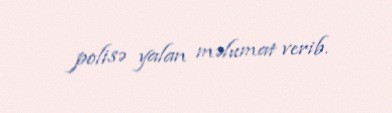
polisə yalan məlumat verib.